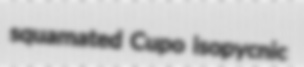
squamated Cupo isopycnic